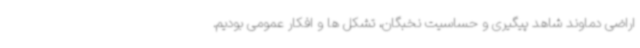
اراضی دماوند شاهد پیگیری و حساسیت نخبگان، تشکل ها و افکار عمومی بودیم.